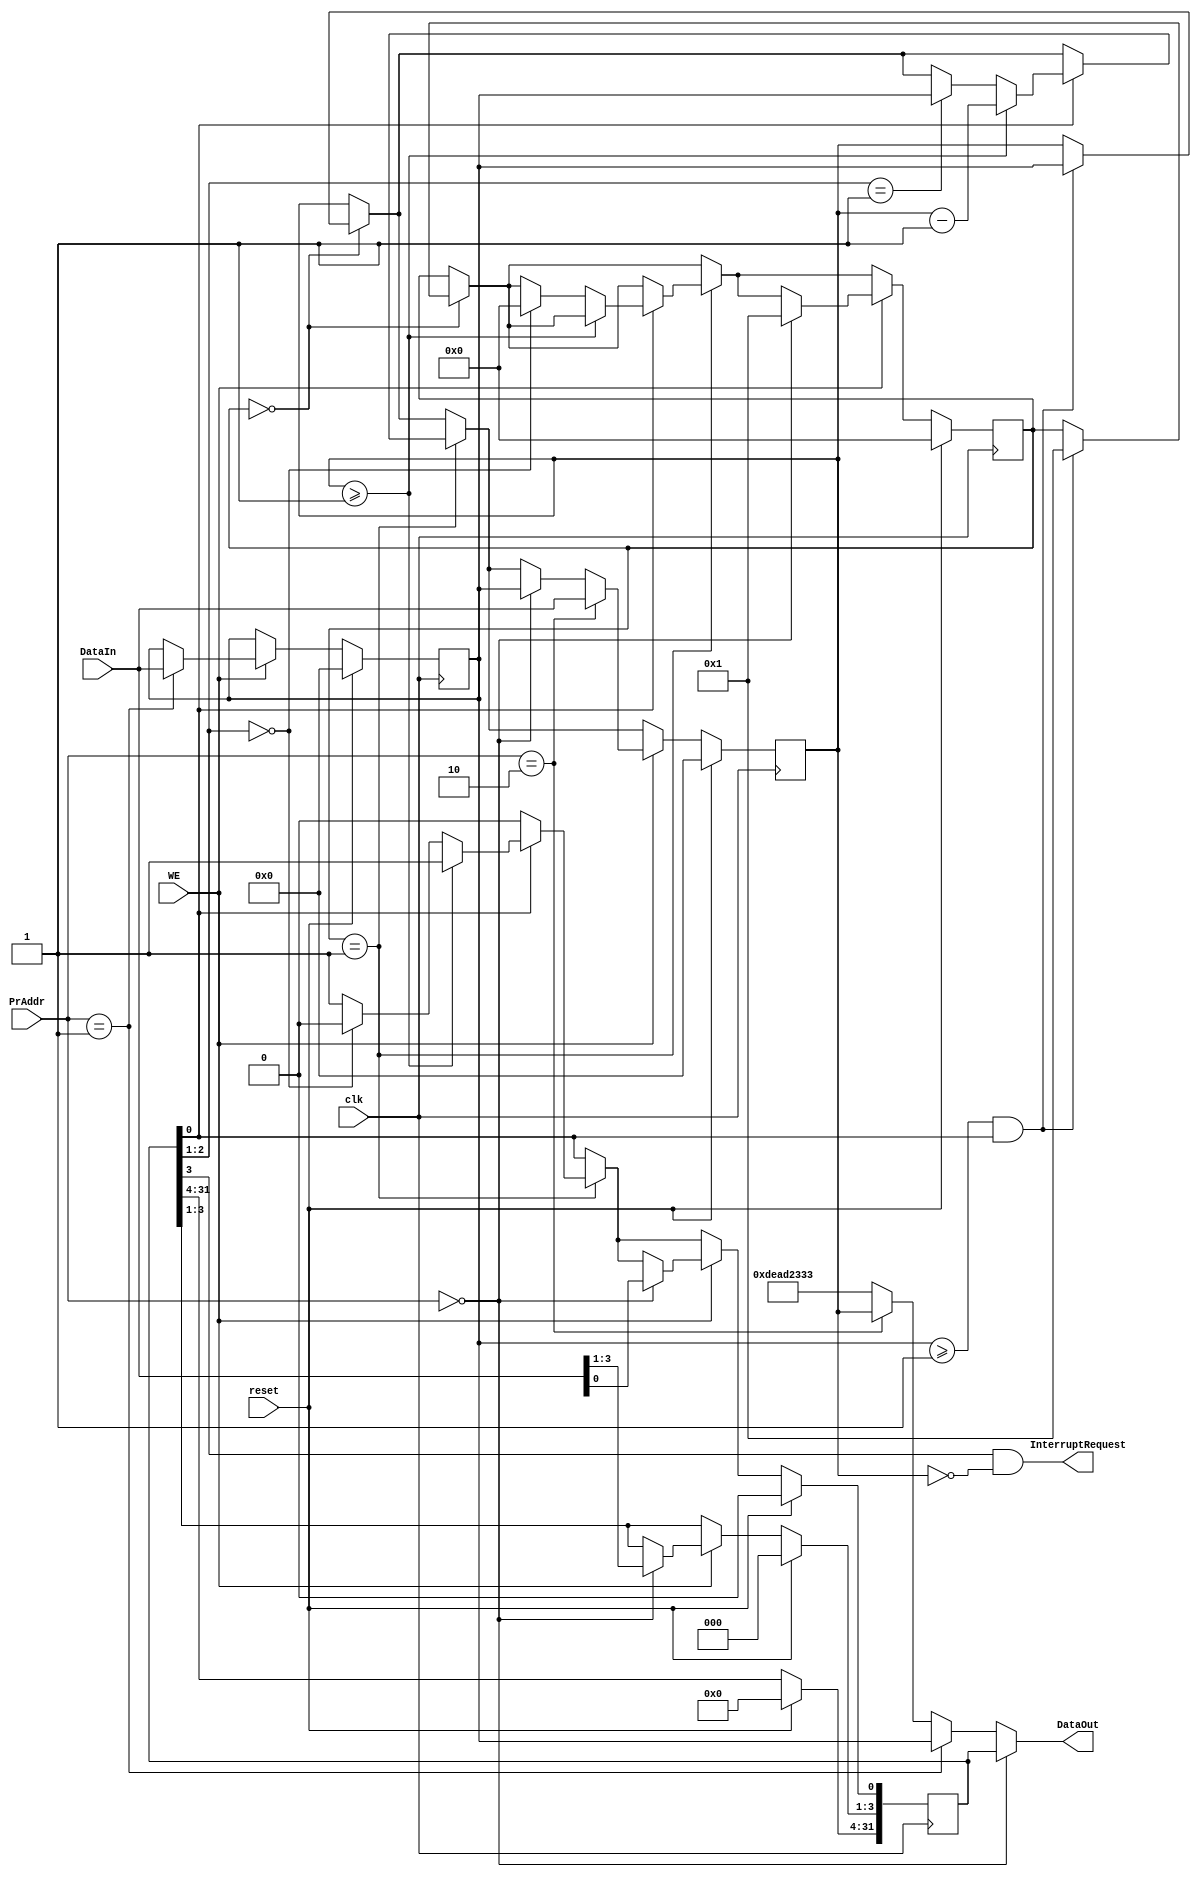
`timescale 1ns / 1ps
//////////////////////////////////////////////////////////////////////////////////
// Company: 
// Engineer: 
// 
// Design Name: 
// Module Name:    TC 
// Project Name: 
// Target Devices: 
// Tool versions: 
// Description: 
//
// Dependencies: 
//
// Revision: 
// Revision 0.01 - File Created
// Additional Comments: 
//
//////////////////////////////////////////////////////////////////////////////////
module TC(
    input clk,
    input reset,
    input [3:2] PrAddr,
    input WE,
    input [31:0] DataIn,
    output [31:0] DataOut,
    output InterruptRequest
    );
	//Ctrl: 		[3:3] 0 no interrupt
	//				  1 allow interrupt
	//				[2:1]	00 mode 0
	//						01 mode 1
	//				[0:0] 0  stop counting
	//						1  allow counting
	
	reg [31:0] Ctrl = 0;   //short addr 00
	reg [31:0] Preset = 0; //           01
	reg [31:0] Count = 0;  //           10
	reg [15:0] Stage = 0;
	reg idle = 0;
	
	wire Interruptable;
	reg Interrupt = 0;
	wire [1:0] Mode;
	wire AllowCount;

	
	assign Interruptable = Ctrl[3];
	assign Mode = Ctrl[2:1];
	assign AllowCount = Ctrl[0];
	
	assign InterruptRequest = Interruptable && Count == 0;
	
	assign DataOut = (PrAddr == 0) ? Ctrl :
						  (PrAddr == 1) ? Preset :
						  (PrAddr == 2) ? Count :
						  32'hdead2333;
						  

	/*	0	idle
		1	load
		2  cnting
		3 	int */
	
	 always @(posedge clk)
		if (reset)
		begin
			Ctrl <= 0;
			Preset <= 0;
			Count <= 0;
			Stage <= 0;
		end
		else 
		begin
			if (Stage == 0) begin
				if (Preset >= 1 & Ctrl[0] ) begin
					Count <= Preset;
					Stage <= 1;
				end
			end
			if (Stage == 1) begin
				if (Ctrl[0]) begin
					if (Count >= 1) 
						Count <= Count - 1;
					else begin
						if (Ctrl[2:1] == 0) begin
							Stage <= 0;
							Ctrl[0] <= 0;
						end
						if (Ctrl[2:1] == 1) begin
							Count <= Preset;
						end						
					end
				end
			end
			if (WE == 1) begin
				if (PrAddr == 0) begin 
					Ctrl[3:0] <= DataIn[3:0];
					Count <= Preset;
					Stage <= 1;
				end
				if (PrAddr == 1) Preset <= DataIn;
				if (PrAddr == 2) Count <= DataIn;
			end
		end
endmodule